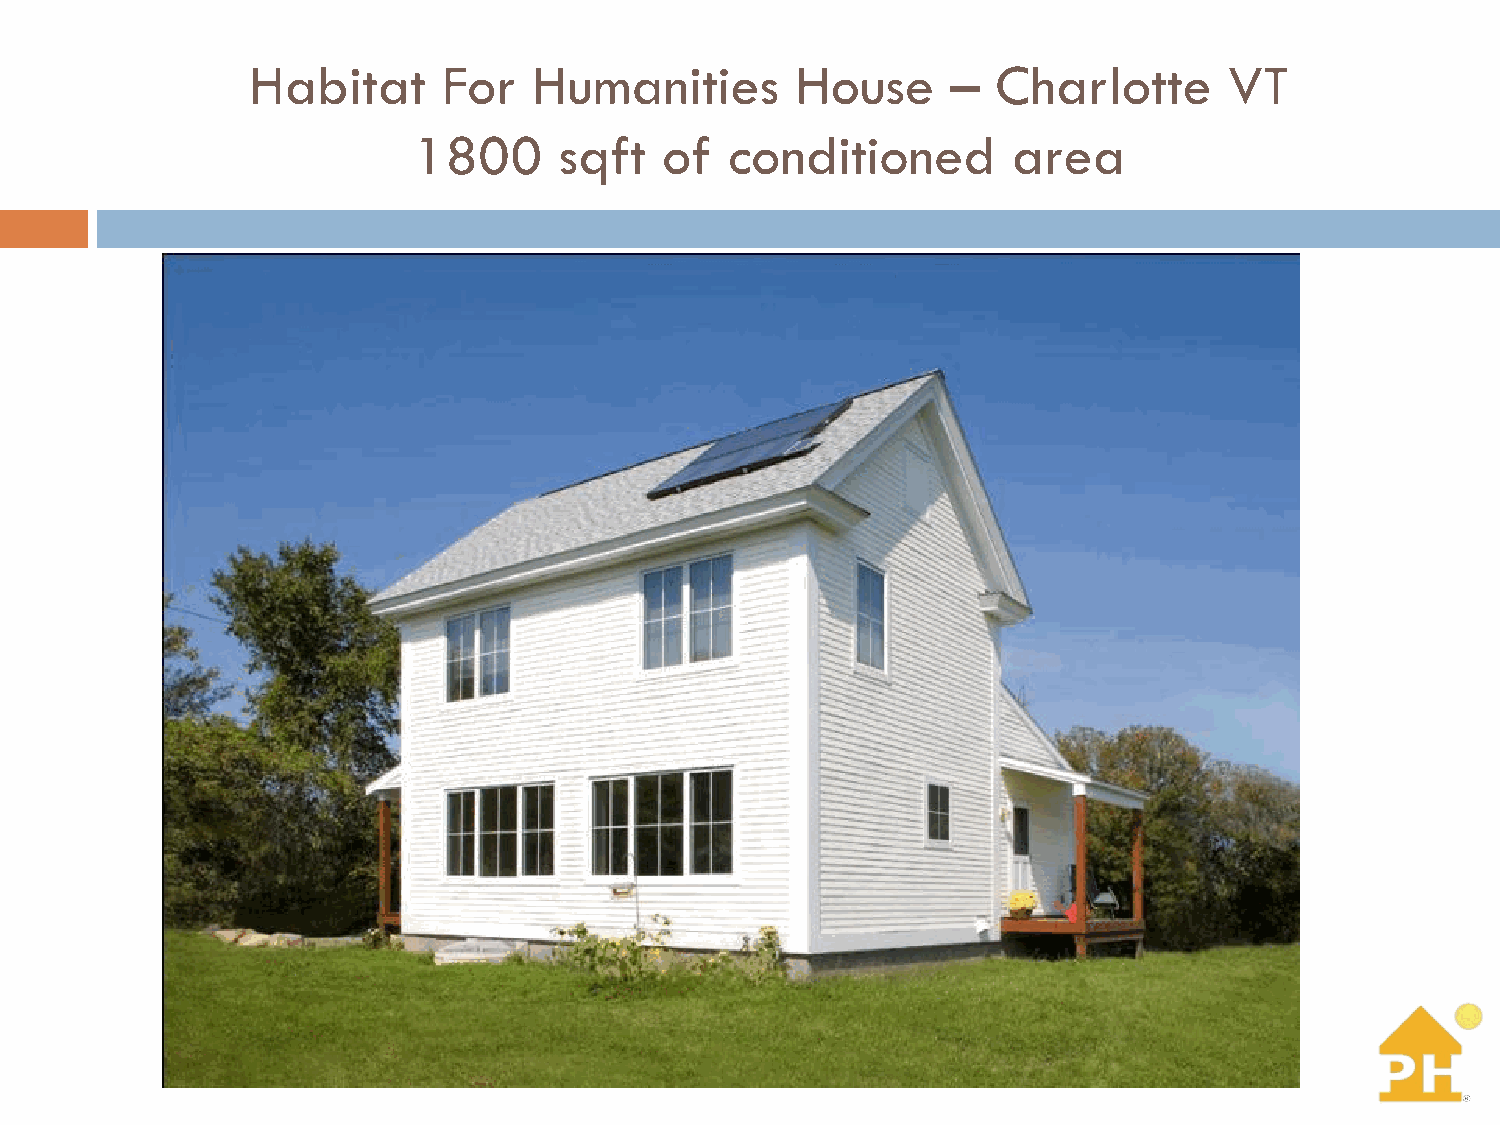
Habitat     For   Humanities        House     –  Charlotte      VT
 1800      sqft   of  conditioned        area